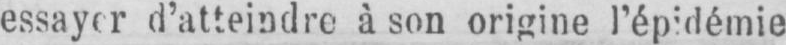
essayer d’atteindre à son origine l’épidémie